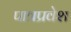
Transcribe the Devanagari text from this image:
पात्रप्रवेश